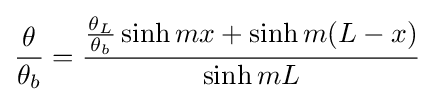
{\frac {\theta }{\theta _{b}}}={\frac {{\frac {\theta _{L}}{\theta _{b}}}\sinh {mx}+\sinh {m(L-x)}}{\sinh {mL}}}